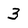
Character: 3